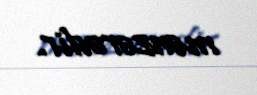
mənzərədir.